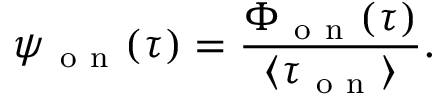
\psi _ { \mathrm { ~ o ~ n ~ } } ( \tau ) = \frac { \Phi _ { \mathrm { ~ o ~ n ~ } } ( \tau ) } { \langle \tau _ { \mathrm { ~ o ~ n ~ } } \rangle } .